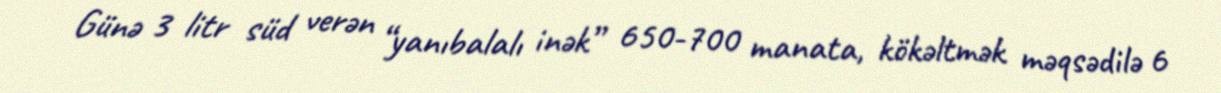
Günə 3 litr süd verən “yanıbalalı inək” 650-700 manata, kökəltmək məqsədilə 6